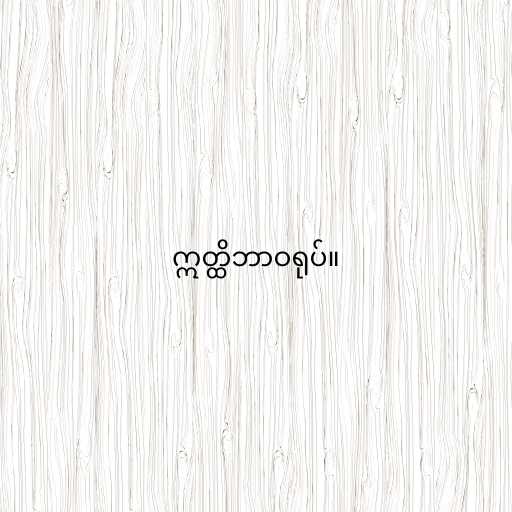
ဣတ္ထိဘာဝရုပ်။